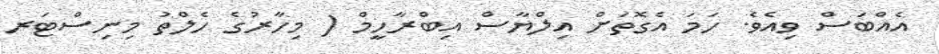
އެއްބަސް ވިއެވެ. ހަމަ އެގޮތަށް އިލްޔާސް އިބްރާހީމް ( މިހާރުގެ ހެލްތު މިނިސްޓަރ